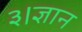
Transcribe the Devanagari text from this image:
३।ज्ञान